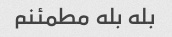
بله بله مطمئنم